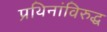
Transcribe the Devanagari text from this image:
प्रथिनांविरुद्ध